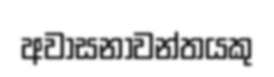
අවාසනාවන්තයකු